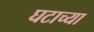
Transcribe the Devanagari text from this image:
घटाच्या